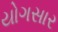
યોગસાર